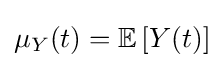
\mu _{Y}(t)=\mathbb {E} \left[Y(t)\right]